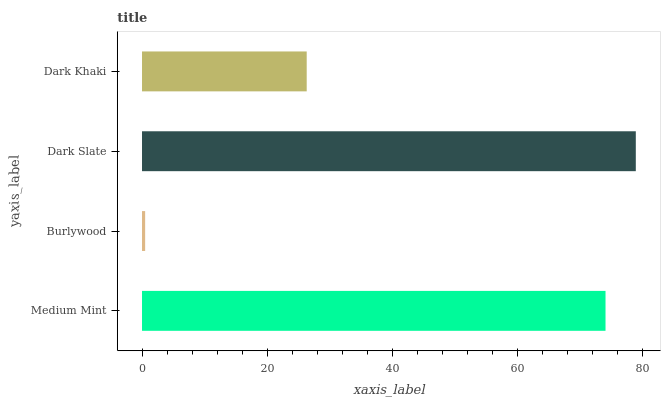
| yaxis_label | bars |
 | --- | --- |
 | Medium Mint | 74.1 |
 | Burlywood | 0.502 |
 | Dark Slate | 78.9 |
 | Dark Khaki | 26.3 |